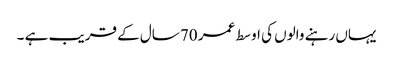
یہاں رہنے والوں کی اوسط عمر 70 سال کے قریب ہے ۔